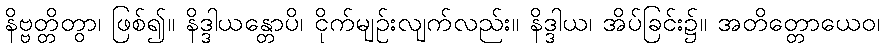
နိဗ္ဗတ္တိတွာ၊ ဖြစ်၍။ နိဒ္ဒါယန္တောပိ၊ ငိုက်မျဉ်းလျက်လည်း။ နိဒ္ဒါယ၊ အိပ်ခြင်း၌။ အတိတ္တောယေဝ၊